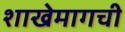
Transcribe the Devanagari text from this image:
शाखेमागची